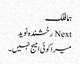
ہما فلک
Next رخشندہ نوید
میرا کوئی امیج نہیں۔